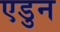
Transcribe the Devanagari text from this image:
एडुन